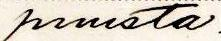
puusta